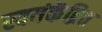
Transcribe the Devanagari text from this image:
स्वयंकेंद्रित